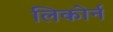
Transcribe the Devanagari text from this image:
लिकोर्न